Rangoon Lunatic Asylum 1898-1906 - 1898-1906
Year: 1898
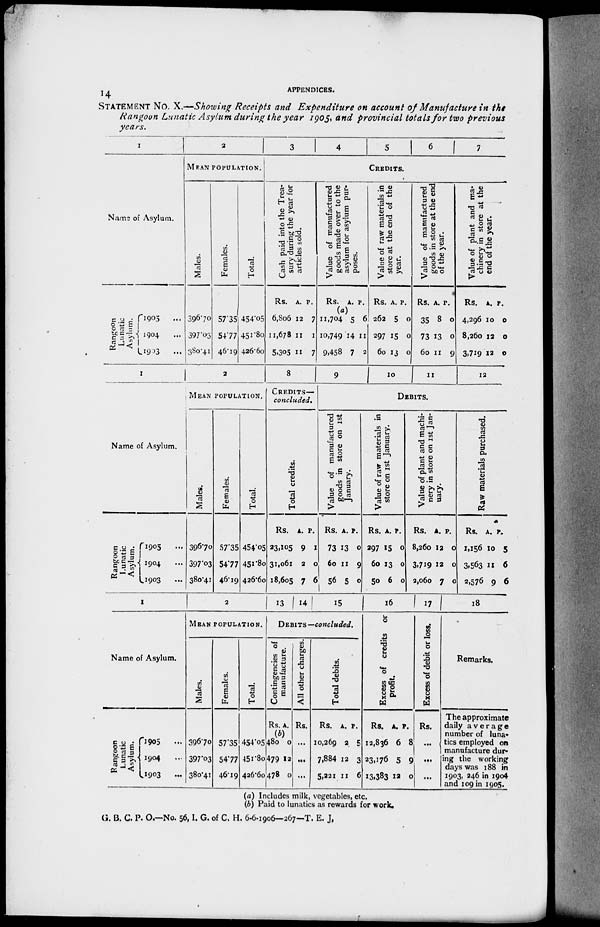
APPENDICES.
14
STATEMENT
NO. X.—Showing Receipts and Expenditure
on account of Manufacture in the
Rangoon Lunatic Asylum during the year 1905, and provincial totals for two previous
years.
I
Name of Asylum.
Rangoon
Lunatic
Asylum.
1905
...
1904 ...
1903 ...
2
MEAN POPULATION.
Males.
396.70
397.03
380.41
Females.
57.35
54.77
46.19
Total.
454.05
451.80
426.60
3
4
5
6
7
CREDITS.
Cash paid into the Trea-
sury during the year for
articles sold.
Rs.
6,806
11,678
5,305
A.
12
11
11
P.
7
1
7
Value of manufactured
goods made over to the
asylum for asylum pur-
poses.
Rs.
(a)
11,704
10,749
9,458
A.
5
14
7
P.
6
11
2
Value of raw materials in
store at the end of the
year.
Rs.
262
297
60
A.
5
15
13
P.
0
0
0
Value of manufactured
goods in store at the end
of the year.
Rs.
35
73
60
A.
8
13
11
P.
0
0
9
Value of plant and ma-
chinery in store at the
end of the year.
Rs.
4,296
8,260
3,719
A.
10
12
12
P.
0
0
0
1
Name of Asylum.
Rangoon
Lunatic
Asylum.
1905 ...
1904 ...
1903 ...
2
MEAN POPULATION.
Males.
396.70
397.03
380.41
Females.
57.35
54.77
46.19
Total.
454.05
451.80
426.60
8
CREDITS—
concluded.
Total credits.
Rs.
23.105
31,061
18.605
A.
9
2
7
P.
1
0
6
9
10
11
12
DEBITS.
Value of manufactured
goods in store on 1st
January.
Rs.
73
60
56
A.
13
11
5
P.
0
9
0
Value of raw materials in
store on 1st January.
Rs.
297
60
50
A.
15
13
6
P.
0
0
0
Value of plant and machi-
nery in store on 1st Jan-
uary.
Rs.
8,260
3,719
2,060
A.
12
12
7
P.
0
0
0
Raw materials purchased.
Rs.
1,156
3,563
2,576
A.
10
11
9
B.
5
6
6
1
Name of Asylum.
Rangoon
Lunatic
Asylum.
1905 ...
1904 ...
1903
...
2
MEAN POPULATION.
Males.
396.70
397.03
380.41
Females.
57.35
54.77
46.19
Total.
454.05
451.80
426.60
13 14 1 5
DEBITS —concluded.
Contingencies of
manufacture.
Rs.
(b)
480
479
478
A.
0
12
0
All other charges.
Rs.
...
...
...
Total debits.
Rs.
10,269
7,884
5,221
A.
2
12
11
P.
5
3
6
16
Excess of credits or
profit.
Rs.
12,836
23,176
13,383
A.
6
5
12
P.
8
9
0
17
Excess of debit or loss.
Rs.
...
...
...
18
Remarks.
The approximate
daily average
number of luna-
tics employed on
manufacture dur-
ing the working
days was 188 in
1903, 246 in 1904
and 109 in 1905.
(a) Includes milk, vegetables, etc.
(b) Paid to lunatics as rewards for work.
G. B. C. P. O.—No. 56, I. G. of C. H. 6-6-1906—267—T. E. J.